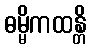
ဓမ္မိကထန္တိ